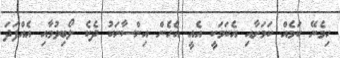
ހިމެނޭ ކަމެއް ކަމަށާއި އެކަމަކީ އެއީ އެހެން އިންސާނަކު ދެކެ ލޯބިވުމާއި އެއްފަދަ